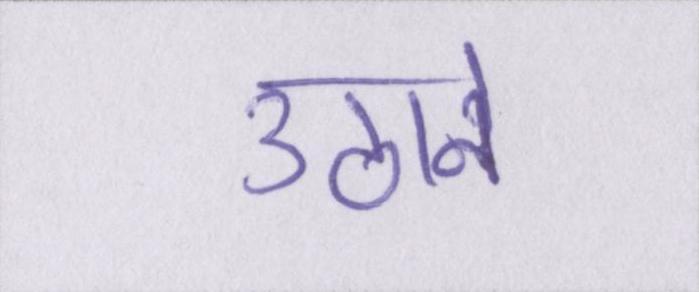
उठाने